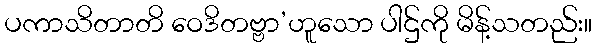
ပကာသိတာတိ ဝေဒိတဗ္ဗာ’ဟူသော ပါဌ်ကို မိန့်သတည်း။